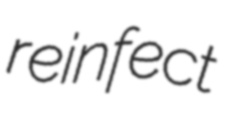
reinfect